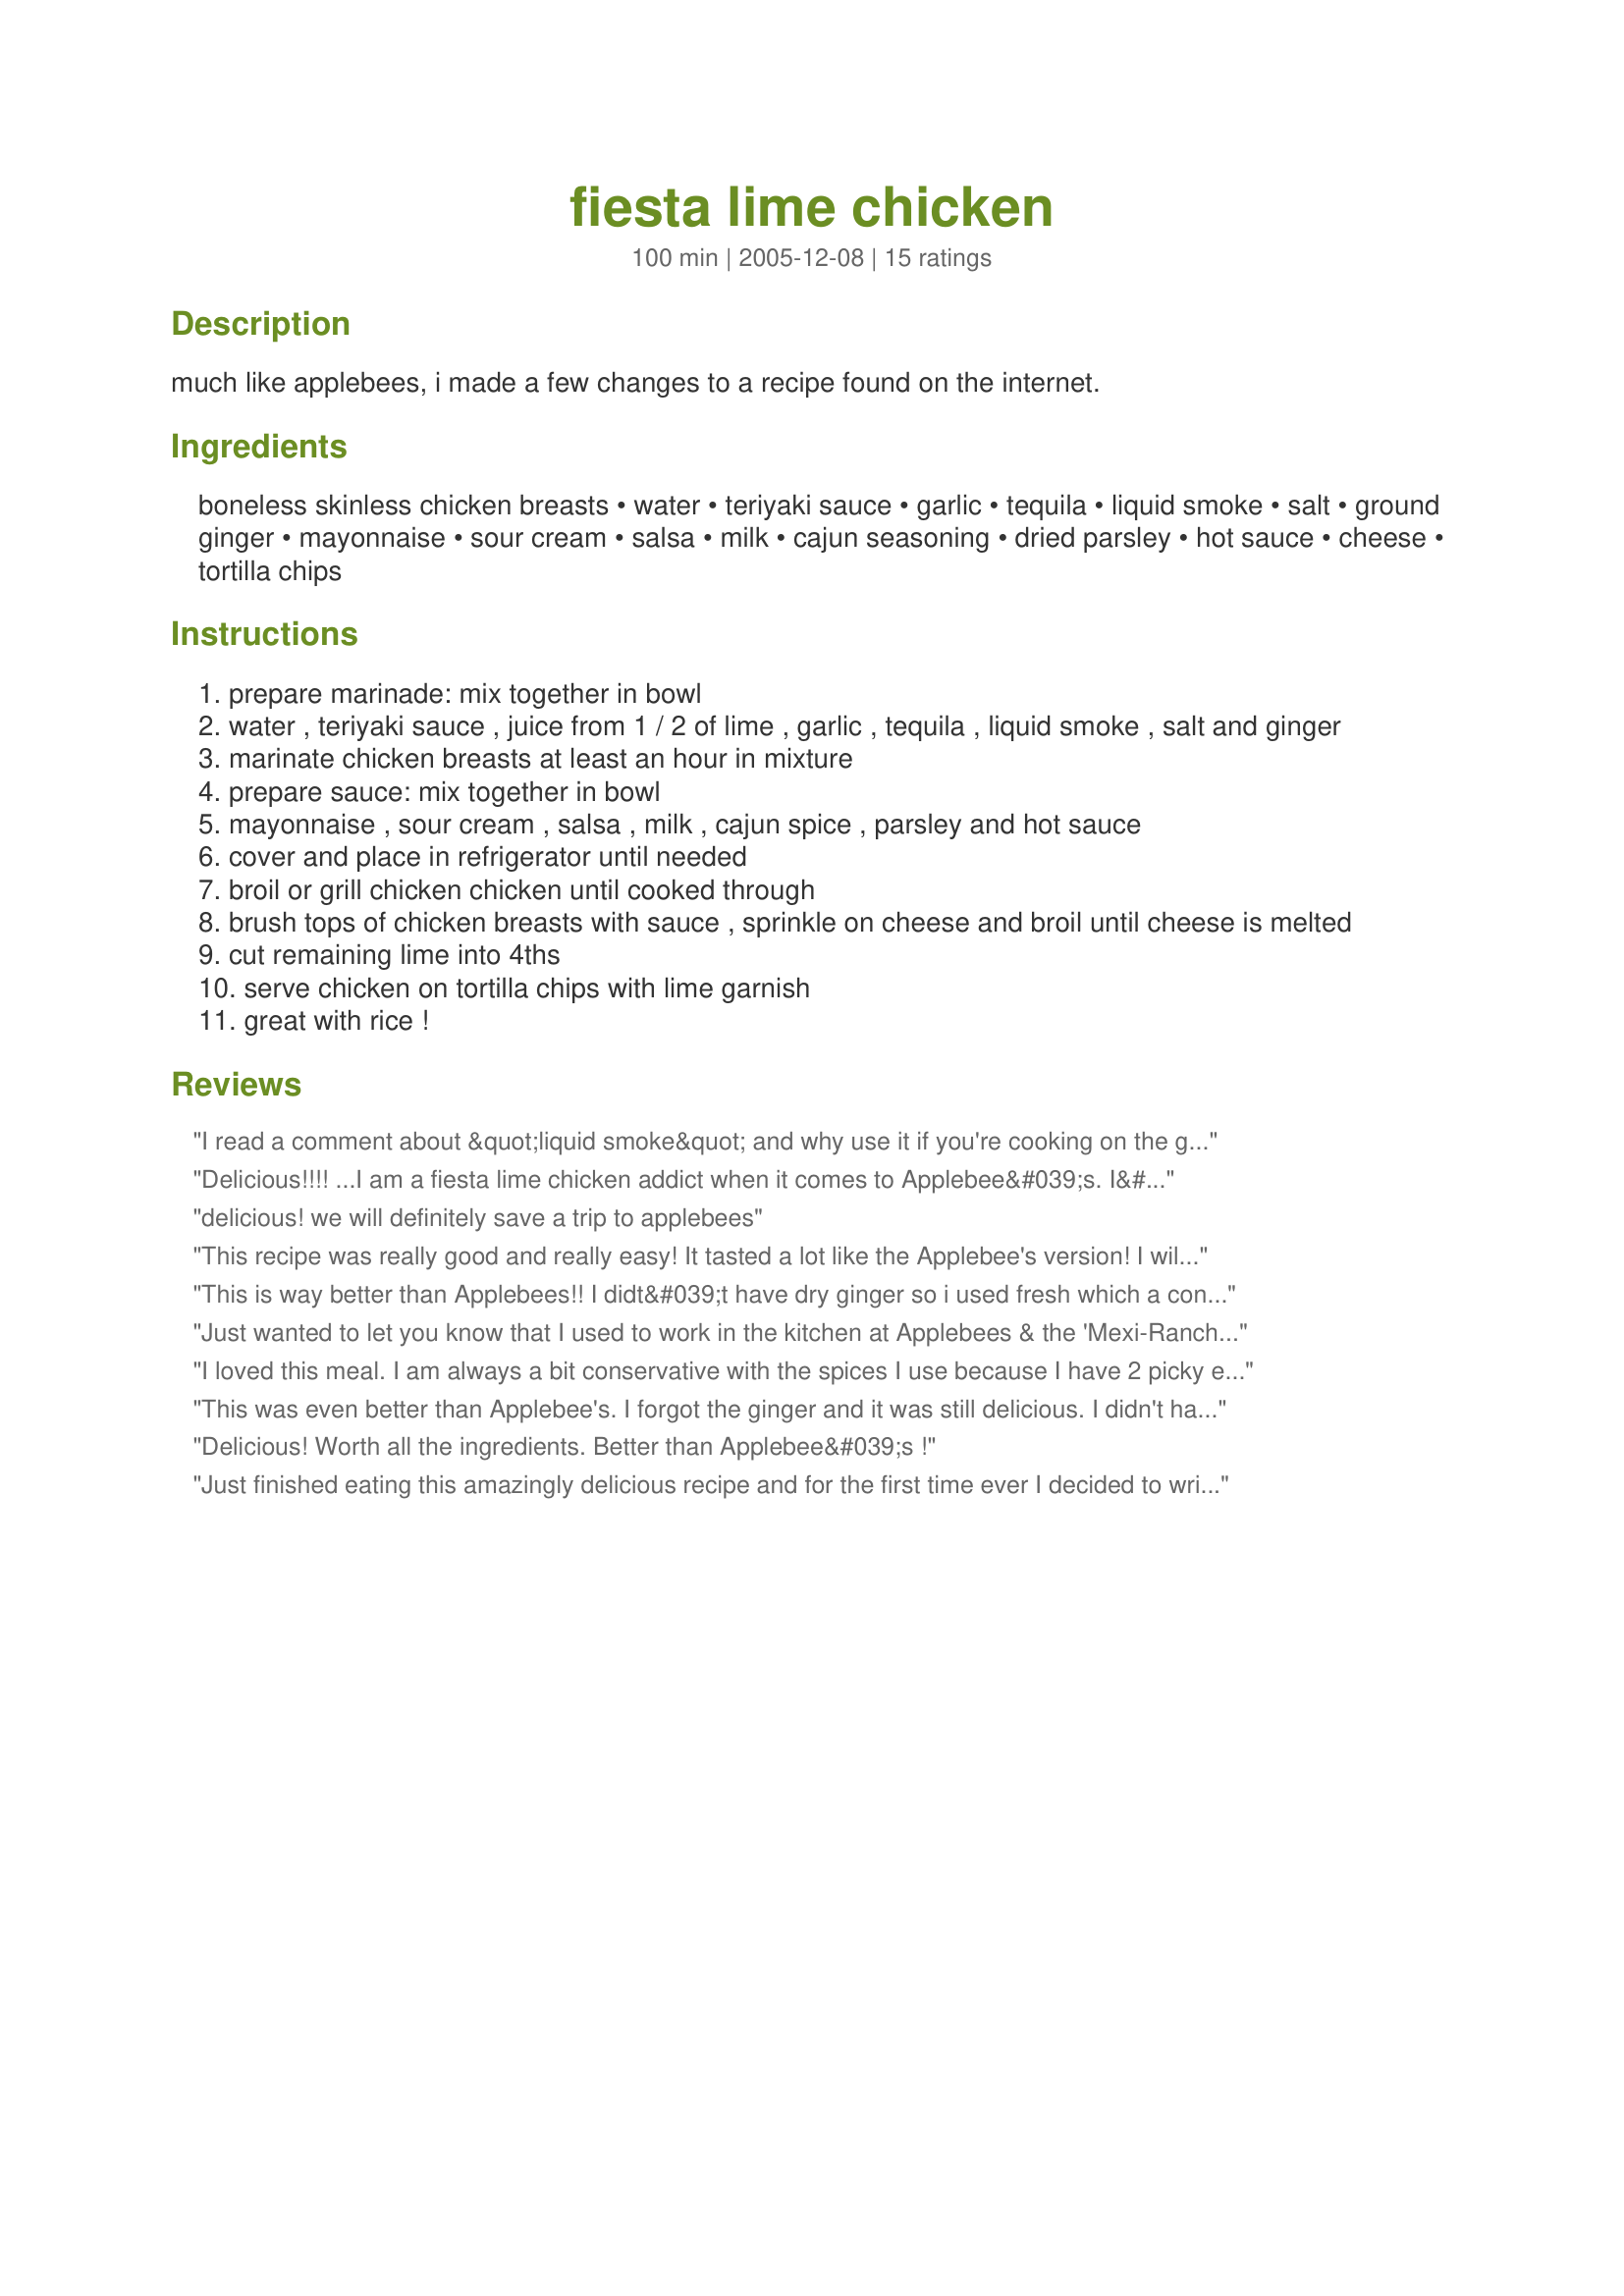
fiesta lime chicken
Preparation time: 100 minutes

much like applebees, i made a few changes to a recipe found on the internet.

Ingredients:
boneless skinless chicken breasts, water, teriyaki sauce, garlic, tequila, liquid smoke, salt, ground ginger, mayonnaise, sour cream, salsa, milk, cajun seasoning, dried parsley, hot sauce, cheese, tortilla chips

Steps:
prepare marinade: mix together in bowl
water , teriyaki sauce , juice from 1 / 2 of lime , garlic , tequila , liquid smoke , salt and ginger
marinate chicken breasts at least an hour in mixture
prepare sauce: mix together in bowl
mayonnaise , sour cream , salsa , milk , cajun spice , parsley and hot sauce
cover and place in refrigerator until needed
broil or grill chicken chicken until cooked through
brush tops of chicken breasts with sauce , sprinkle on cheese and broil until cheese is melted
cut remaining lime into 4ths
serve chicken on tortilla chips with lime garnish
great with rice !

Reviews:
I read a comment about &quot;liquid smoke&quot; and why use it if you're cooking on the grill. FYI, not much &quot;smoke&quot; flavor if you are using a gas grill. Another comment was about &quot;carcinogens&quot; in liquid smoke... Not using enough that you should be worried about it unless you are totally paranoid!
Delicious!!!! ...I am a fiesta lime chicken addict when it comes to Applebee&#039;s. I&#039;ll save so much money making at home... and it&#039;s a bazillion times better :D I also broiled the chicken with the sauce and cheese on top of the chips already so the cheese and sauce spilled and bubbled all over the crunchy chips. YUM! &lt;br/&gt; oh, and for a marinade I did a cheaters teriyaki sauce... I used 1/4 cup orange juice (I actually used the juice of two small clementines I had in the house) , 1/4 cup soya sauce, a sprinkle of ginger powder (optional) and a few slices of fresh garlic (or a sprinkle of garlic powder). Then I just added the juice of 1 lime, and about a cup (give or take) of water. Let the chicken breasts soak for a few hours.... or a few days :P And they are moist and flavour-full.
delicious! we will definitely save a trip to applebees
This recipe was really good and really easy! It tasted a lot like the Applebee's version! I will definitely be making this again!
This is way better than Applebees!! I didt&#039;t have dry ginger so i used fresh which a conversion table suggested 1tbsp. And i didnt have sour cream so i used southwest ranch dressing. I also used breasts and tenderloins and both turned out wonderful.
Just wanted to let you know that I used to work in the kitchen at Applebees & the 'Mexi-Ranch" Dressing they use to top the chicken is just ranch dressing mixed with salsa. I know you have another concoction that sounds good, but just thought I'd put that info out there for ya :) I didn't rate the dish because I haven't made it.
I loved this meal. I am always a bit
conservative with the spices I use
because I have 2 picky eaters.
Some of the spices were new to 
my pantry. But, now that I made
this meal...I will definately be making this dish again.
Thanks Mirela for introducing me
to this great website.
Paula G. NJ
This was even better than Applebee's. I forgot the ginger and it was still delicious. I didn't have cajun seasoning so used season all. I made pico di gallo on the side to eat with it along with rice. It was perfect.
Delicious! Worth all the ingredients. Better than Applebee&#039;s !
Just finished eating this amazingly delicious recipe and for the first time ever I decided to write a review. It was so good. Followed the recipe exactly as posted except for the tequila-didn't have any. I did go out to my local store and bought liquid smoke and I have to say that made all the difference. I used a Mexican cheese mix and it was so good. I let the chicken marinate for about 12 hours and that also helped the flavor penetrate. I think it might be better than the restaurant.
It turned out amazing and my whole family loved it! ??????
I just love Applebee's chicken and this one tastes even better because you can make it anytime you want! My husband and I loved it!
Made this last night and the entire family loved it. The fiesta lime chicken is the ONLY thing that I order while eating at Applebee's and I must say this was right on the mark, maybe even a little better because it lacked the burnt taste that has been accompanying the meal the last couple of times I ordered it. Will definitely make this again.
Really delicious! This has been the only thing i would eat at Applebees for the past 3 years. I love it so much! Now i might actually try something else since i can make it at home, so easily &amp; just as good! I used chicken tenders for smaller portions, but everything else was exactly as the recipe described. Definitely recommend this to others who love Applebee&#039;s Fiesta Lime Chicken!
I made this last night and it turned out awesome. I skipped the teriyaki sauce since I didn't have any, but marinated it in tandoori chicken powder instead. I also ended up baking the chicken on a baking sheet lined with foil and garnished it with cilantro leaves and served with a side of potato skins. Thank you for the recipe. It was so good :)
